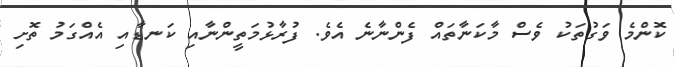
ކޮންމެ ވަގުތަކު ވެސް މާކަނާތައް ފެންނާނެ އެވެ. ފުރާޅުމަތީންނާއި ކަނޑާއި އެއްގަމު ތޮށި